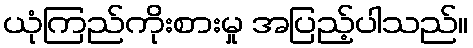
ယုံကြည်ကိုးစားမှု အပြည့်ပါသည်။